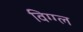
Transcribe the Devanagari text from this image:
विग्ग्ल